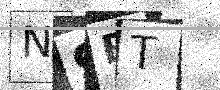
Text: N9BT